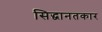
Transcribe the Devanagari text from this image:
सिद्धानतकार